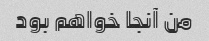
من آنجا خواهم بود